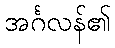
အင်္ဂလန်၏